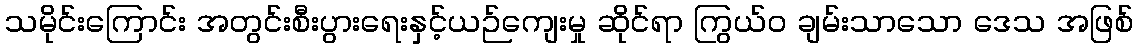
သမိုင်းကြောင်း အတွင်းစီးပွားရေးနှင့်ယဉ်ကျေးမှု ဆိုင်ရာ ကြွယ်ဝ ချမ်းသာသော ဒေသ အဖြစ်